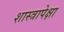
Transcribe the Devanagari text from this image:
शास्त्रापेक्षा